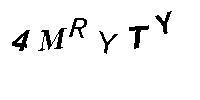
4MRYTY